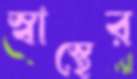
স্বাস্থের